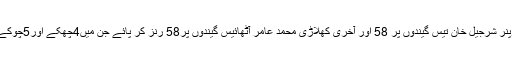
صرف اوپنر شرجیل خان تیس گیندوں پر 58 اور آخری کھلاڑی محمد عامر آٹھائیس گیندوں پر58 رنز کر پائے جن میں4چھکے اور5چوکے لگائے ۔